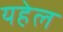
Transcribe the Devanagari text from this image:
यहेल